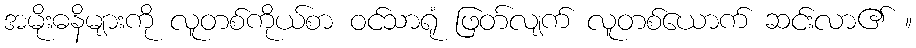
အမိုးဓနိများကို လူတစ်ကိုယ်စာ ဝင်သာရုံ ဖြတ်လျက် လူတစ်ယောက် ဆင်းလာ၏ ။